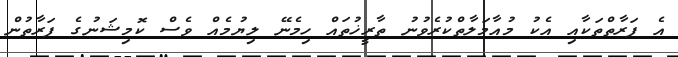
އެ ފަރާތްތަކާއި އެކު މުއާމަލާތްކުރެވުނު ތާރީޚުތައް ހިމެނޭ ލިޔުމެއް ވެސް ކޮމިޝަނުގެ ފަރާތުން